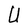
Character: U